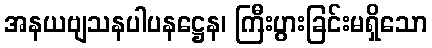
အနယဗျသနပါပနဋ္ဌေန၊ ကြီးပွားခြင်းမရှိသော